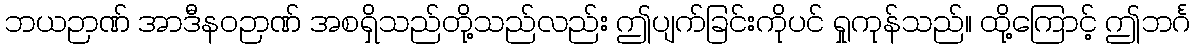
ဘယဉာဏ် အာဒီနဝဉာဏ် အစရှိသည်တို့သည်လည်း ဤပျက်ခြင်းကိုပင် ရှုကုန်သည်။ ထို့ကြောင့် ဤဘင်္ဂ